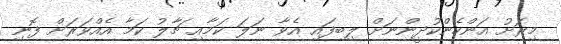
މިރަށު އަންހެންކުދީންނަށް ލިބިފައި އެވާ ނަލަ ކަމާއި ޗާލު ކަމާ އެއްވަރަށް ފޮނި